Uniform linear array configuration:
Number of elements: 12
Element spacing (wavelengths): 0.5
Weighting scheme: exponential
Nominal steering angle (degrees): -45
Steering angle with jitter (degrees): -45.875
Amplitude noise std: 0.05
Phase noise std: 0.05

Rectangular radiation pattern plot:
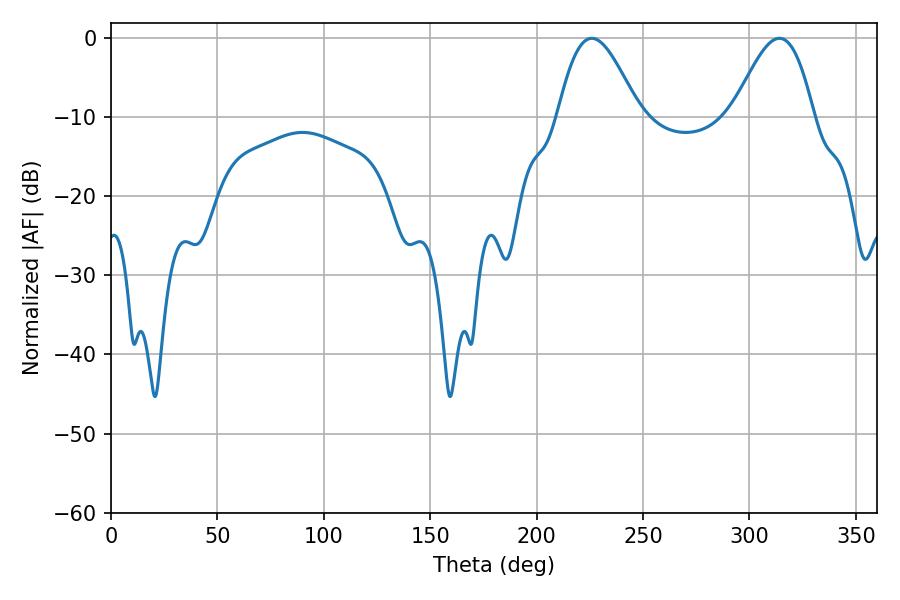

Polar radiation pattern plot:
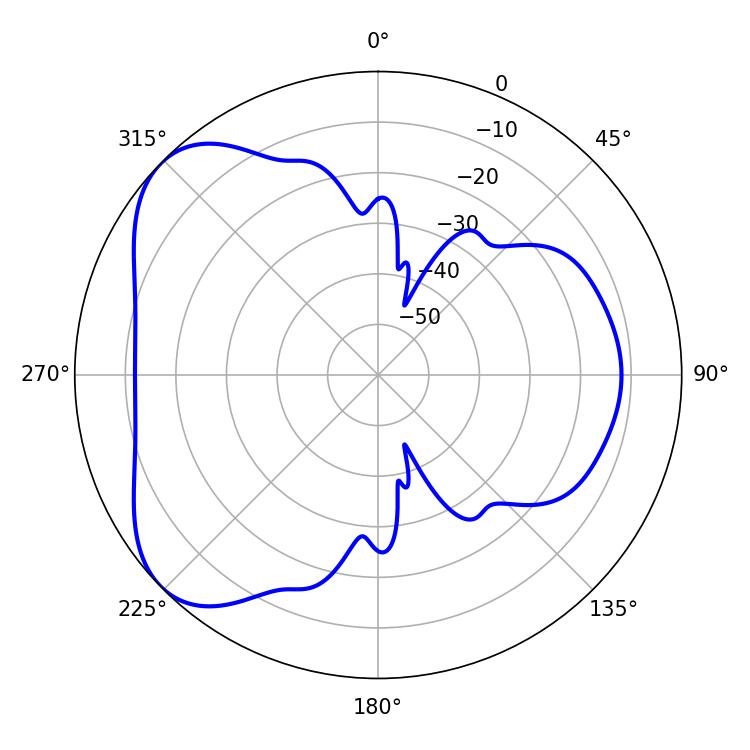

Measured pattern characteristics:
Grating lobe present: FALSE
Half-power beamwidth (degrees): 20.34
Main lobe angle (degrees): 225.9